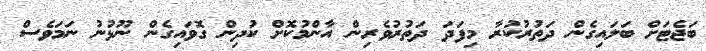
ބަޖެޓަށް ބަލައިގެން ދަތުރުކުރާ މިފަދަ ދަތުރުވެރިން އާންމުކޮށް ކުދިން ގޮވައިގެން ނޫޅުނު ނަމަވެސް